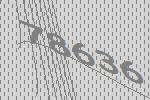
78636